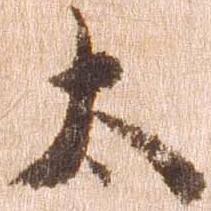
太